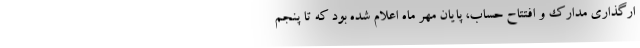
ارگذاری مدارک و افتتاح حساب، پایان مهر ماه اعلام شده بود که تا پنجم